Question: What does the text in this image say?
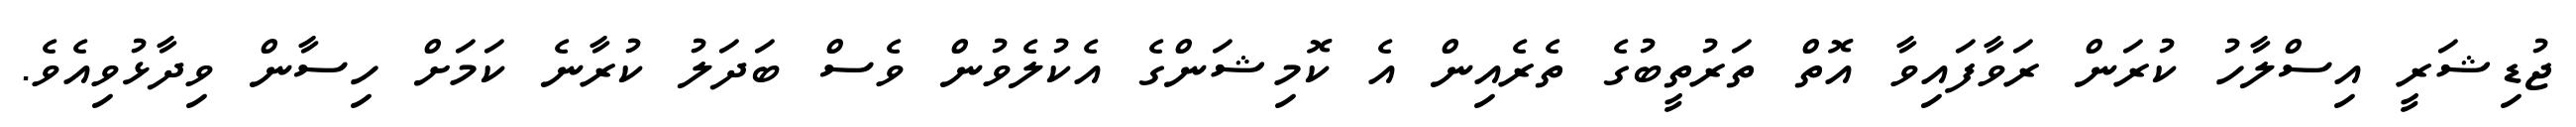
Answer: ޖުޑިޝަރީ އިސްލާހު ކުރަން ރަވާފައިވާ އޮތް ތަރުތީބުގެ ތެރެއިން އެ ކޮމިޝަންގެ އެކުލެވުން ވެސް ބަދަލު ކުރާނެ ކަމަށް ހިސާން ވިދާޅުވިއެވެ.